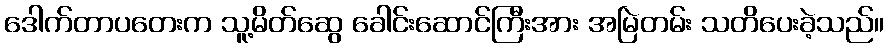
ဒေါက်တာပတေးက သူ့မိတ်ဆွေ ခေါင်းဆောင်ကြီးအား အမြဲတမ်း သတိပေးခဲ့သည်။